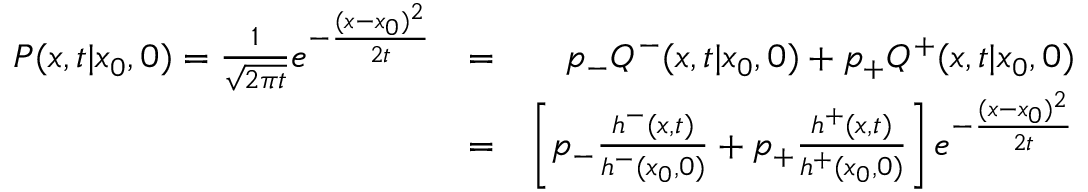
\begin{array} { r l r } { P ( x , t | x _ { 0 } , 0 ) = \frac { 1 } { \sqrt { 2 \pi t } } e ^ { - \frac { ( x - x _ { 0 } ) ^ { 2 } } { 2 t } } } & { = } & { p _ { - } Q ^ { - } ( x , t | x _ { 0 } , 0 ) + p _ { + } Q ^ { + } ( x , t | x _ { 0 } , 0 ) } \\ & { = } & { \left[ p _ { - } { \frac { h ^ { - } ( x , t ) } { h ^ { - } ( x _ { 0 } , 0 ) } } + p _ { + } { \frac { h ^ { + } ( x , t ) } { h ^ { + } ( x _ { 0 } , 0 ) } } \right] e ^ { - \frac { ( x - x _ { 0 } ) ^ { 2 } } { 2 t } } } \end{array}